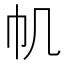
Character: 𢁒